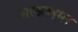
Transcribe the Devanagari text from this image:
अल्‍झाइमर